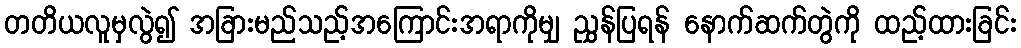
တတိယလူမှလွဲ၍ အခြားမည်သည့်အကြောင်းအရာကိုမျှ ညွှန်ပြရန် နောက်ဆက်တွဲကို ထည့်ထားခြင်း